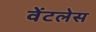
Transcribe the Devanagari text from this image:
वेंटलेस